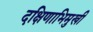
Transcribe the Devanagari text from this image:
दक्षिणाभिमुखी